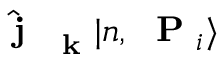
\hat { \mathrm { ~ \bf ~ j ~ } } _ { \mathrm { ~ \bf ~ k ~ } } | n , \mathrm { ~ \bf ~ P ~ } _ { i } \rangle